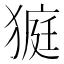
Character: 𤠜